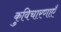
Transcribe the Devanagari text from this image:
कुविचारणाएँ